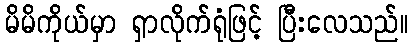
မိမိကိုယ်မှာ ရှာလိုက်ရုံဖြင့် ပြီးလေသည်။